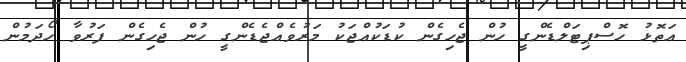
އަތޮޅު ހޮސްޕިޓަލްޑެންގީ ހުން ޖެހިގެން ކުޑަކުއްޖަކު މަރުވެއްޖެޑެންގީ ހުން ޖެހިގެން ފަރުވާ ހޯދަމުން